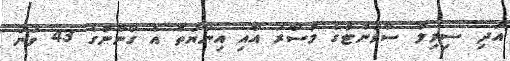
އަދި ސިވިލް ސާވަންޓުގެ މުސާރަ އާއި އިނާޔަތް އެ ގާނޫނުގެ 43 ވަނަ